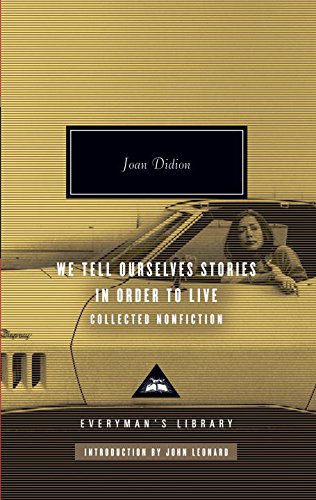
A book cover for We Tell Ourselves Stories in Order to Live: Collected Nonfiction (Everyman's Library); Joan Didion; Literature & Fiction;